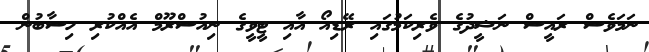
ނަމަވެސް ރައީސް ނަޝީދުގެ ވެރިކަމުގައި ރޭޑިއޯ އާއި ޓީވީގެ ނިއުސްރޫމް އެއްކުރި ހިސާބުން